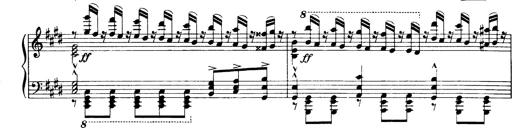
Title: OuvertÃ¼re zu TannhÃ¤user
Composer: Franz Liszt